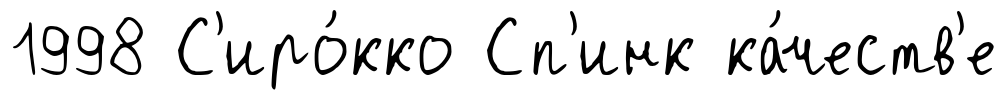
1998 С'иро́кко Сп'инк ка́честв'е